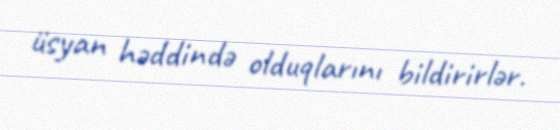
üsyan həddində olduqlarını bildirirlər.